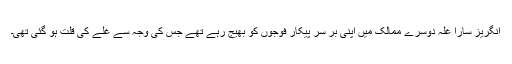
انگریز سارا غلہ دوسرے ممالک میں اپنی بر سر پیکار فوجوں کو بھیج رہے تھے جس کی وجہ سے غلے کی قلت ہو گئی تھی۔